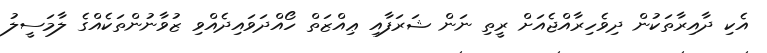
އެކި ދާއިރާތަކުން ދިވެހިރާއްޖެއަށް ރީތި ނަން ޝަރަފާއި ޢިއްޒަތް ހޯއްދަވައިދެއްވި ޒުވާނުންތަކެއްގެ ލާމަސީލު